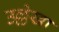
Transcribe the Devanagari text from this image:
उल्लेखा